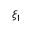
\xi _ { 1 }